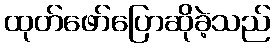
ထုတ်ဖော်ပြောဆိုခဲ့သည်